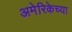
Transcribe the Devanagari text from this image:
अमेरिकेच्या